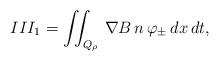
LaTeX: \begin{align*}III_1 = \iint_{Q_{\rho}} \, \nabla B \, n \, \varphi_{\pm} \,dx\,dt,\end{align*}